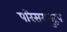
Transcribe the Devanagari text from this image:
परिसरानुरूप